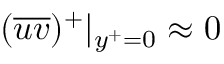
( \overline { { u v } } ) ^ { + } | _ { y ^ { + } = 0 } \approx 0